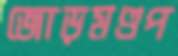
জোড়মণ্ডপ